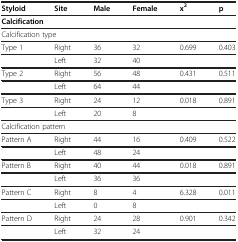
<table><thead><tr><td><b>Styloid</b></td><td><b>Site</b></td><td><b>Male</b></td><td><b>Female</b></td><td><b>x<sup>2</sup></b></td><td><b>p</b></td></tr></thead><tbody><tr><td colspan="6"><b>Calcification</b></td></tr><tr><td colspan="6">Calcification type</td></tr><tr><td>Type 1</td><td>Right</td><td>36</td><td>32</td><td>0.699</td><td>0.403</td></tr><tr><td> </td><td>Left</td><td>32</td><td>40</td><td> </td><td> </td></tr><tr><td>Type 2</td><td>Right</td><td>56</td><td>48</td><td>0.431</td><td>0.511</td></tr><tr><td> </td><td>Left</td><td>64</td><td>44</td><td> </td><td> </td></tr><tr><td>Type 3</td><td>Right</td><td>24</td><td>12</td><td>0.018</td><td>0.891</td></tr><tr><td> </td><td>Left</td><td>20</td><td>8</td><td> </td><td> </td></tr><tr><td colspan="6">Calcification pattern</td></tr><tr><td>Pattern A</td><td>Right</td><td>44</td><td>16</td><td>0.409</td><td>0.522</td></tr><tr><td> </td><td>Left</td><td>48</td><td>24</td><td> </td><td> </td></tr><tr><td>Pattern B</td><td>Right</td><td>40</td><td>44</td><td>0.018</td><td>0.891</td></tr><tr><td> </td><td>Left</td><td>36</td><td>36</td><td> </td><td> </td></tr><tr><td>Pattern C</td><td>Right</td><td>8</td><td>4</td><td>6.328</td><td>0.011</td></tr><tr><td> </td><td>Left</td><td>0</td><td>8</td><td> </td><td> </td></tr><tr><td>Pattern D</td><td>Right</td><td>24</td><td>28</td><td>0.901</td><td>0.342</td></tr><tr><td> </td><td>Left</td><td>32</td><td>24</td><td> </td><td> </td></tr></tbody></table>